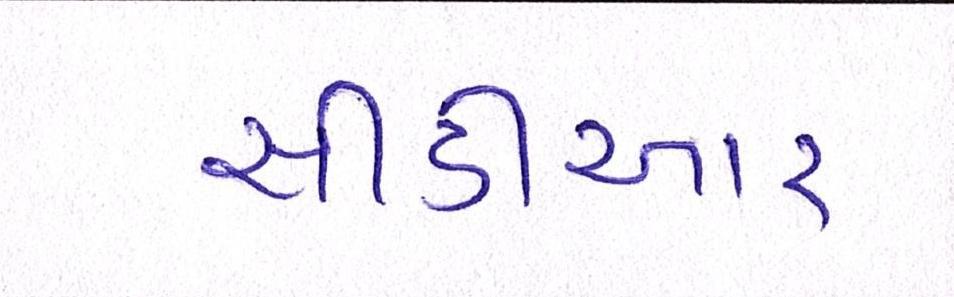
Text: સીડીઆર